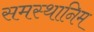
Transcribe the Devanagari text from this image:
समस्थानिम